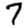
Digit: 7